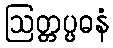
ဩတ္တပ္ပဓနံ